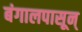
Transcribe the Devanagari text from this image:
बंगालपासून्